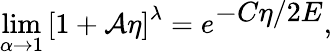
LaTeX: \operatorname*{lim}_{\alpha\rightarrow 1}\left[1+\mathcal{A}\eta\right]^{\lambda}=e^{\displaystyle-C\eta/2E},